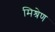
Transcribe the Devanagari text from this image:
मिश्रेण